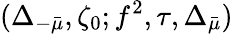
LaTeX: (\Delta_{-\bar{\mu}},\zeta_{0};f^{2},\tau,\Delta_{\bar{\mu}})